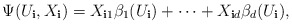
\begin{align*}\Psi(U_{\mathbf{i}},X_{\mathbf{i}})=X_{\mathbf{i}1}\beta_{1}(U_{\mathbf{i}})+\cdots+X_{\mathbf{i}d}\beta_{d}(U_{\mathbf{i}}),\end{align*}